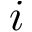
i